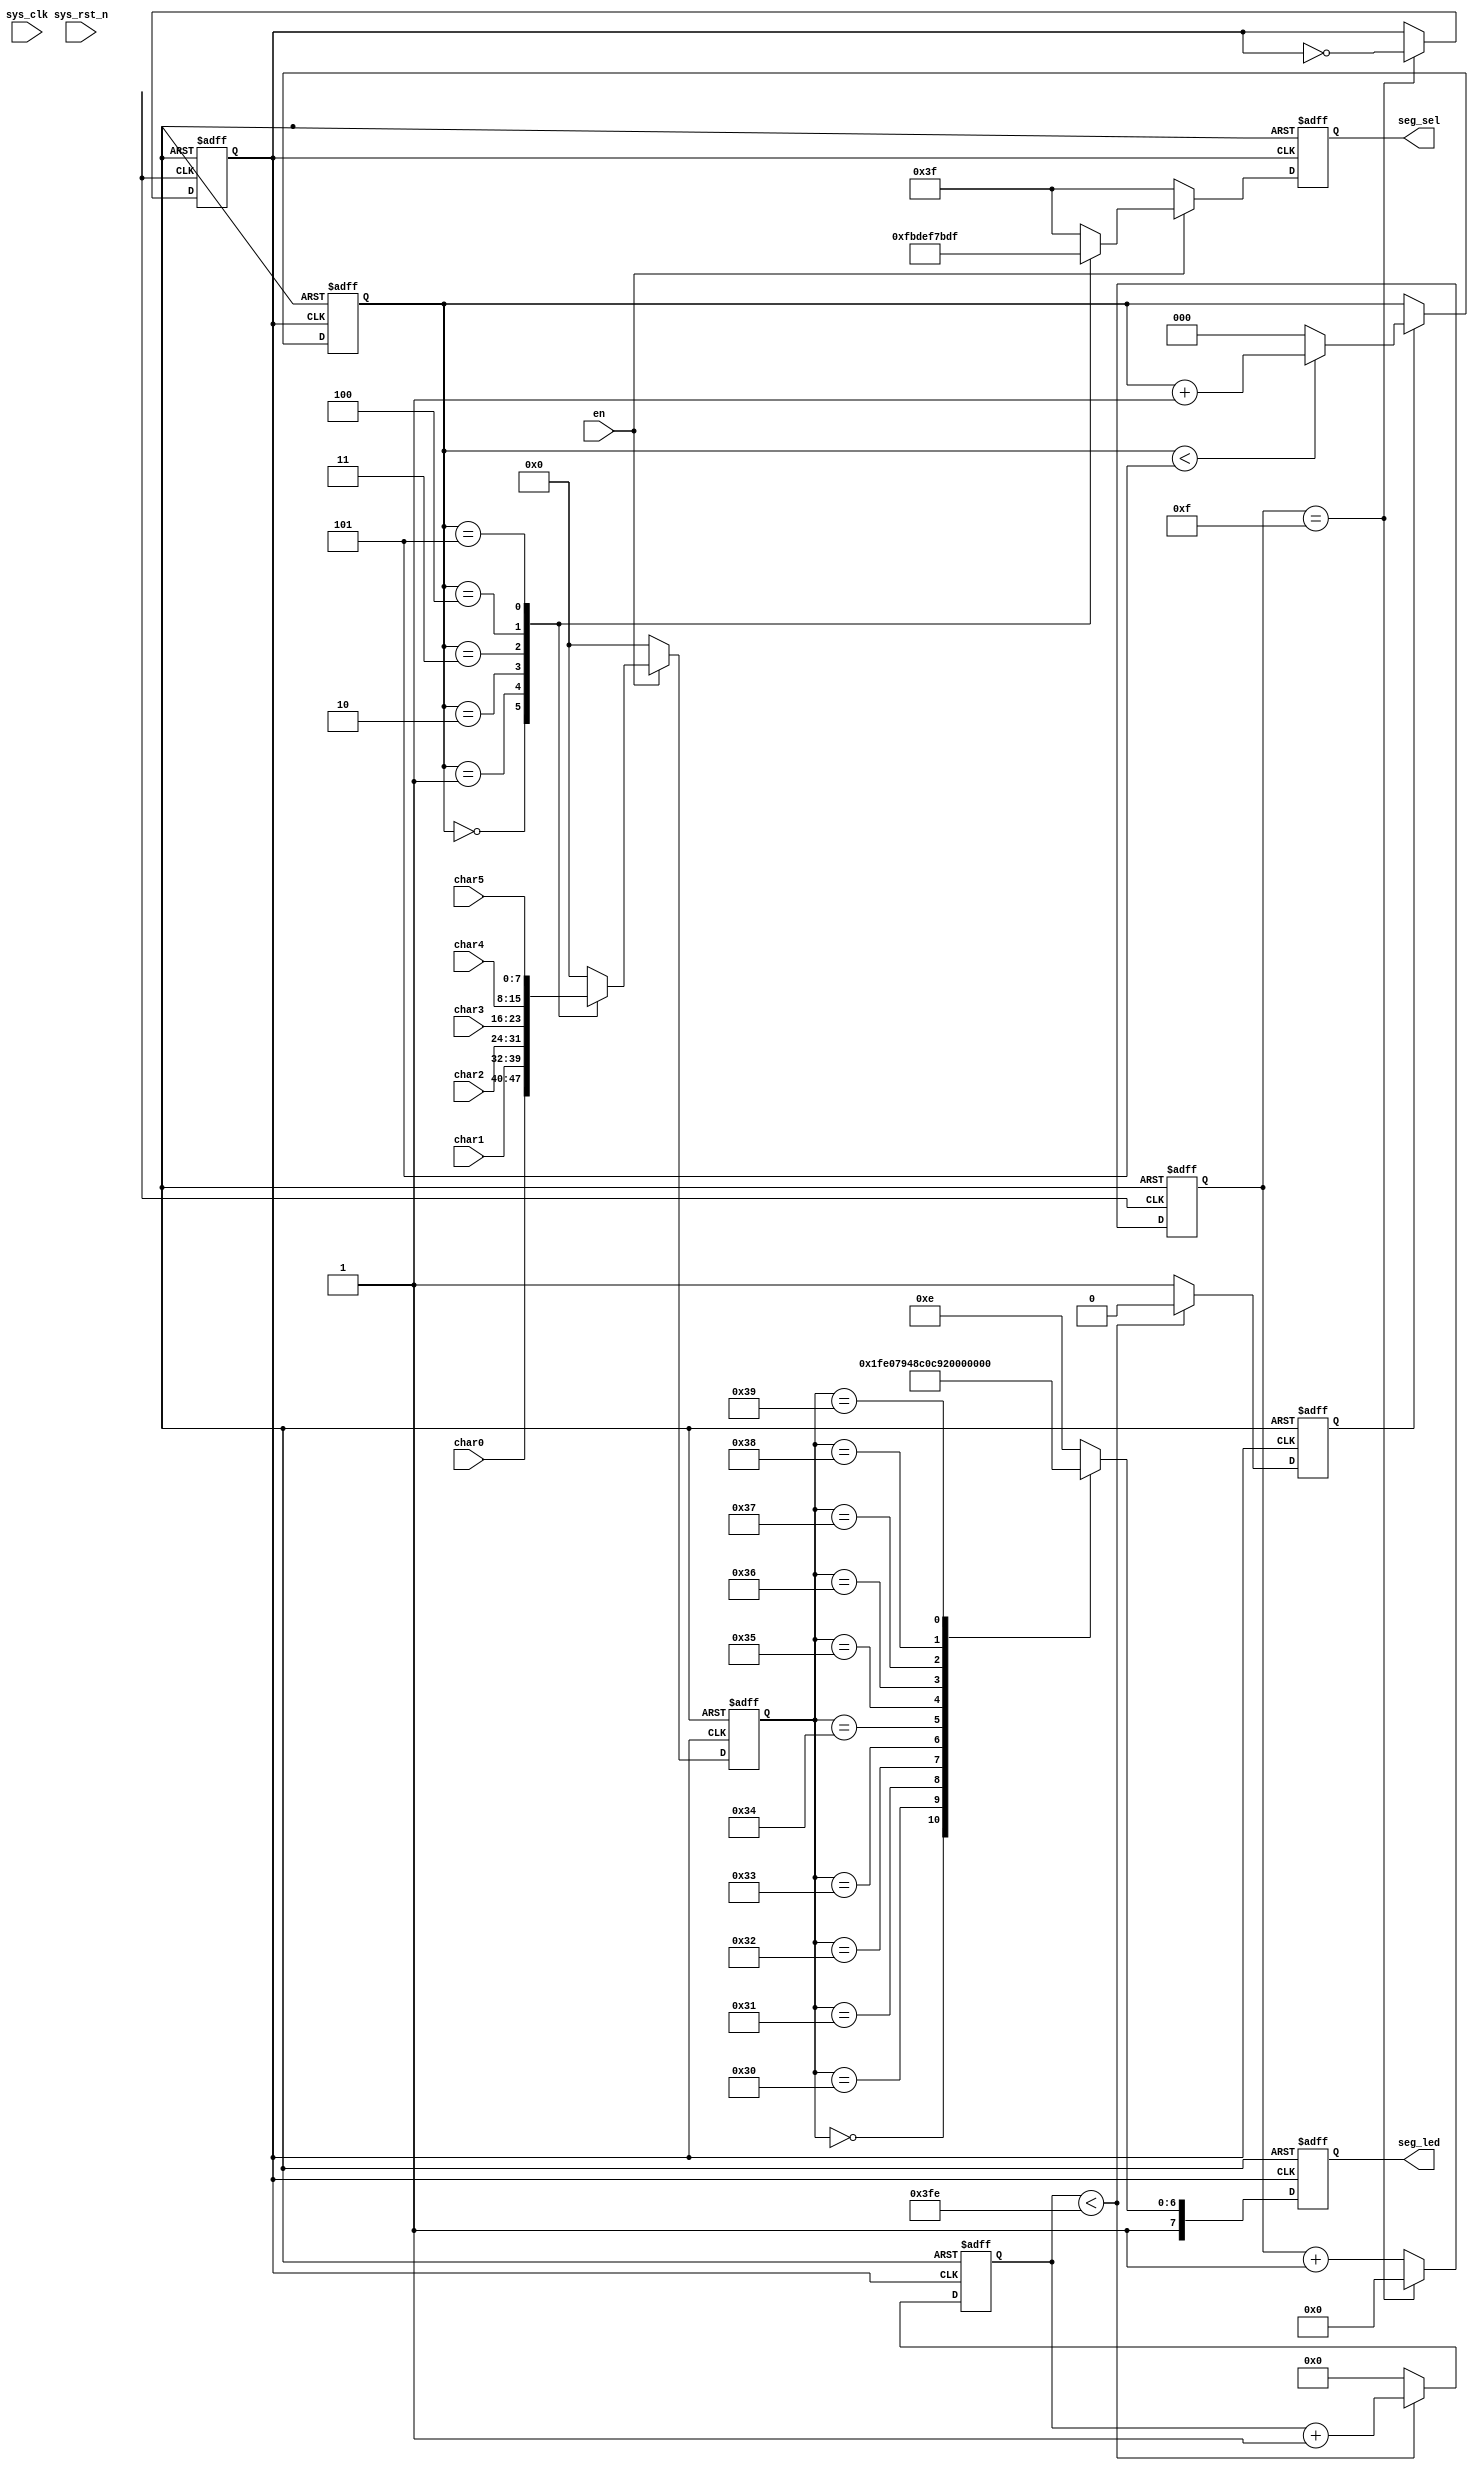
module seg_led_ascii(
  input sys_clk,
  input sys_rst_n,
    
    output   reg  [5:0]     seg_sel,        // 数码管位选，最左侧数码管为最高位
    output   reg  [7:0]     seg_led,         // 数码管段选

    input                   en     ,        // 数码管使能信号
    input         [7:0]    char0   ,        // 6位数码管要显示的数值
    input         [7:0]    char1   ,        // 6位数码管要显示的数值
    input         [7:0]    char2   ,        // 6位数码管要显示的数值
    input         [7:0]    char3   ,        // 6位数码管要显示的数值
    input         [7:0]    char4   ,        // 6位数码管要显示的数值
    input         [7:0]    char5           // 6位数码管要显示的数值

    );

//parameter define
localparam  CLK_DIVIDE = 4'd15     ;        // 时钟分频系数
localparam  MAX_NUM    = 10'd1023  ;        // 对数码管驱动时钟(5MHz)计数1ms所需的计数值

//reg define
reg    [ 3:0]             clk_cnt  ;        // 时钟分频计数器
reg                       dri_clk  ;        // 数码管的驱动时钟,5MHz
reg    [9:0]             cnt0     ;        // 数码管驱动时钟计数器
reg                       flag     ;        // 标志信号（标志着cnt0计数达1ms）
reg    [2:0]              cnt_sel  ;        // 数码管位选计数器
reg    [7:0]              num_disp ;        // 当前数码管显示的数据


//对系统时钟10分频，得到的频率为5MHz的数码管驱动时钟dri_clk
always @(posedge clk or negedge rst_n) begin
   if(!rst_n) begin
       clk_cnt <= 4'd0;
       dri_clk <= 1'b1;
   end
   else if(clk_cnt == CLK_DIVIDE) begin
       clk_cnt <= 4'd0;
       dri_clk <= ~dri_clk;
   end
   else begin
       clk_cnt <= clk_cnt + 1'b1;
       dri_clk <= dri_clk;
   end
end

//每当计数器对数码管驱动时钟计数时间达1ms，输出一个时钟周期的脉冲信号
always @ (posedge dri_clk or negedge rst_n) begin
    if (rst_n == 1'b0) begin
        cnt0 <= 0;
        flag <= 1'b0;
     end
    else if (cnt0 < MAX_NUM - 1'b1) begin
        cnt0 <= cnt0 + 1'b1;
        flag <= 1'b0;
     end
    else begin
        cnt0 <= 0;
        flag <= 1'b1;
     end
end

//cnt_sel从0计数到5，用于选择当前处于显示状态的数码管
always @ (posedge dri_clk or negedge rst_n) begin
    if (rst_n == 1'b0)
        cnt_sel <= 3'b0;
    else if(flag) begin
        if(cnt_sel < 3'd5)
            cnt_sel <= cnt_sel + 1'b1;
        else
            cnt_sel <= 3'b0;
    end
    else
        cnt_sel <= cnt_sel;
end

//控制数码管位选信号，使6位数码管轮流显示
always @ (posedge dri_clk or negedge rst_n) begin
    if(!rst_n) begin
        seg_sel  <= 6'b111111;              //位选信号低电平有效
        num_disp <= 0;           
    end else if(!en) begin
            seg_sel  <= 6'b111111;          //使能信号为0时，所有数码管均不显示
            num_disp <= 0;
    end else begin
        case (cnt_sel)
            3'd0 :begin
                seg_sel  <= 6'b111110;  //显示数码管最低位
                num_disp <= char0;  //显示的数据
            end
            3'd1 :begin
                seg_sel  <= 6'b111101;  //显示数码管第1位
                num_disp <= char1;
            end
            3'd2 :begin
                seg_sel  <= 6'b111011;  //显示数码管第2位
                num_disp <= char2;
            end
            3'd3 :begin
                seg_sel  <= 6'b110111;  //显示数码管第3位
                num_disp <= char3;
            end
            3'd4 :begin
                seg_sel  <= 6'b101111;  //显示数码管第4位
                num_disp <= char4;
            end
            3'd5 :begin
                seg_sel  <= 6'b011111;  //显示数码管最高位
                num_disp <= char5;
            end
            default :begin
                seg_sel  <= 6'b111111;
                num_disp <= 0;
            end
        endcase
    end
end

//控制数码管段选信号，显示字符
always @ (posedge dri_clk or negedge rst_n) begin
    if (!rst_n) begin
        seg_led <= 8'b11111111;
    end else begin
        case (num_disp)//0~9  48~57
            //  a1
            //f1  b1
            //  g1
            //e1  c1
            //  d1  h1
            //0x00             hgfedcba
            0  : seg_led <= 8'b11111111;
            //  a0
            //f0  b0
            //  g1
            //e0  c0
            //  d0  h1
            //0                hgfedcba
            48 : seg_led <= 8'b11000000; //显示数字 0
            //  a1
            //f1  b0
            //  g1
            //e1  c0
            //  d1  h1
            //1                hgfedcba
            49 : seg_led <= 8'b11111001; //显示数字 1
            //  a0
            //f1  b0
            //  g0
            //e0  c1
            //  d0  h1
            //2                hgfedcba
            50 : seg_led <= 8'b10100100; //显示数字 2
            //  a0
            //f1  b0
            //  g0
            //e1  c0
            //  d0  h1
            //3                hgfedcba
            51 : seg_led <= 8'b10110000; //显示数字 3
            //  a1
            //f0  b0
            //  g0
            //e1  c0
            //  d1  h1
            //4                hgfedcba
            52 : seg_led <= 8'b10011001; //显示数字 4
            //  a0
            //f0  b1
            //  g0
            //e1  c0
            //  d0  h1
            //5                hgfedcba
            53 : seg_led <= 8'b10010010; //显示数字 5
            //  a0
            //f0  b1
            //  g0
            //e0  c0
            //  d0  h1
            //6                hgfedcba
            54 : seg_led <= 8'b10000010; //显示数字 6
            //  a0
            //f1  b0
            //  g1
            //e1  c0
            //  d1  h1
            //7                hgfedcba
            55 : seg_led <= 8'b11111000; //显示数字 7
            //  a0
            //f0  b0
            //  g0
            //e0  c0
            //  d0  h1
            //8                hgfedcba
            56 : seg_led <= 8'b10000000; //显示数字 8
            //  a0
            //f0  b0
            //  g0
            //e1  c0
            //  d0  h1
            //9               hgfedcba
            57 : seg_led <= 8'b10010000; //显示数字 9
            //  a0
            //f0  b1
            //  g0
            //e0  c1
            //  d1  h1
            //其他字符            hgfedcba
            default:seg_led <= 8'b10001110;
        endcase
    end
end

endmodule